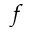
f